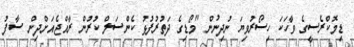
ޑިމޮކްރެސީގެ ވާހަކަ ހިސޯރުވިޔަ ނުދިނުން "މޯޑިގެ ދަތުރުފުޅު ކެންސަލް ކުރުން ރާއްޖެއަށްދިން ސާފު